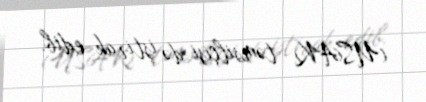
(USAK) təmsilçisi də iştirak edib.